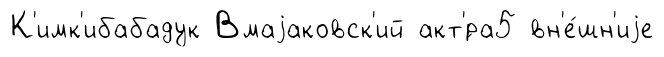
К'имк'ибабадук Вмаjаковск'ий акт'́ра5 вн'е́шн'иjе